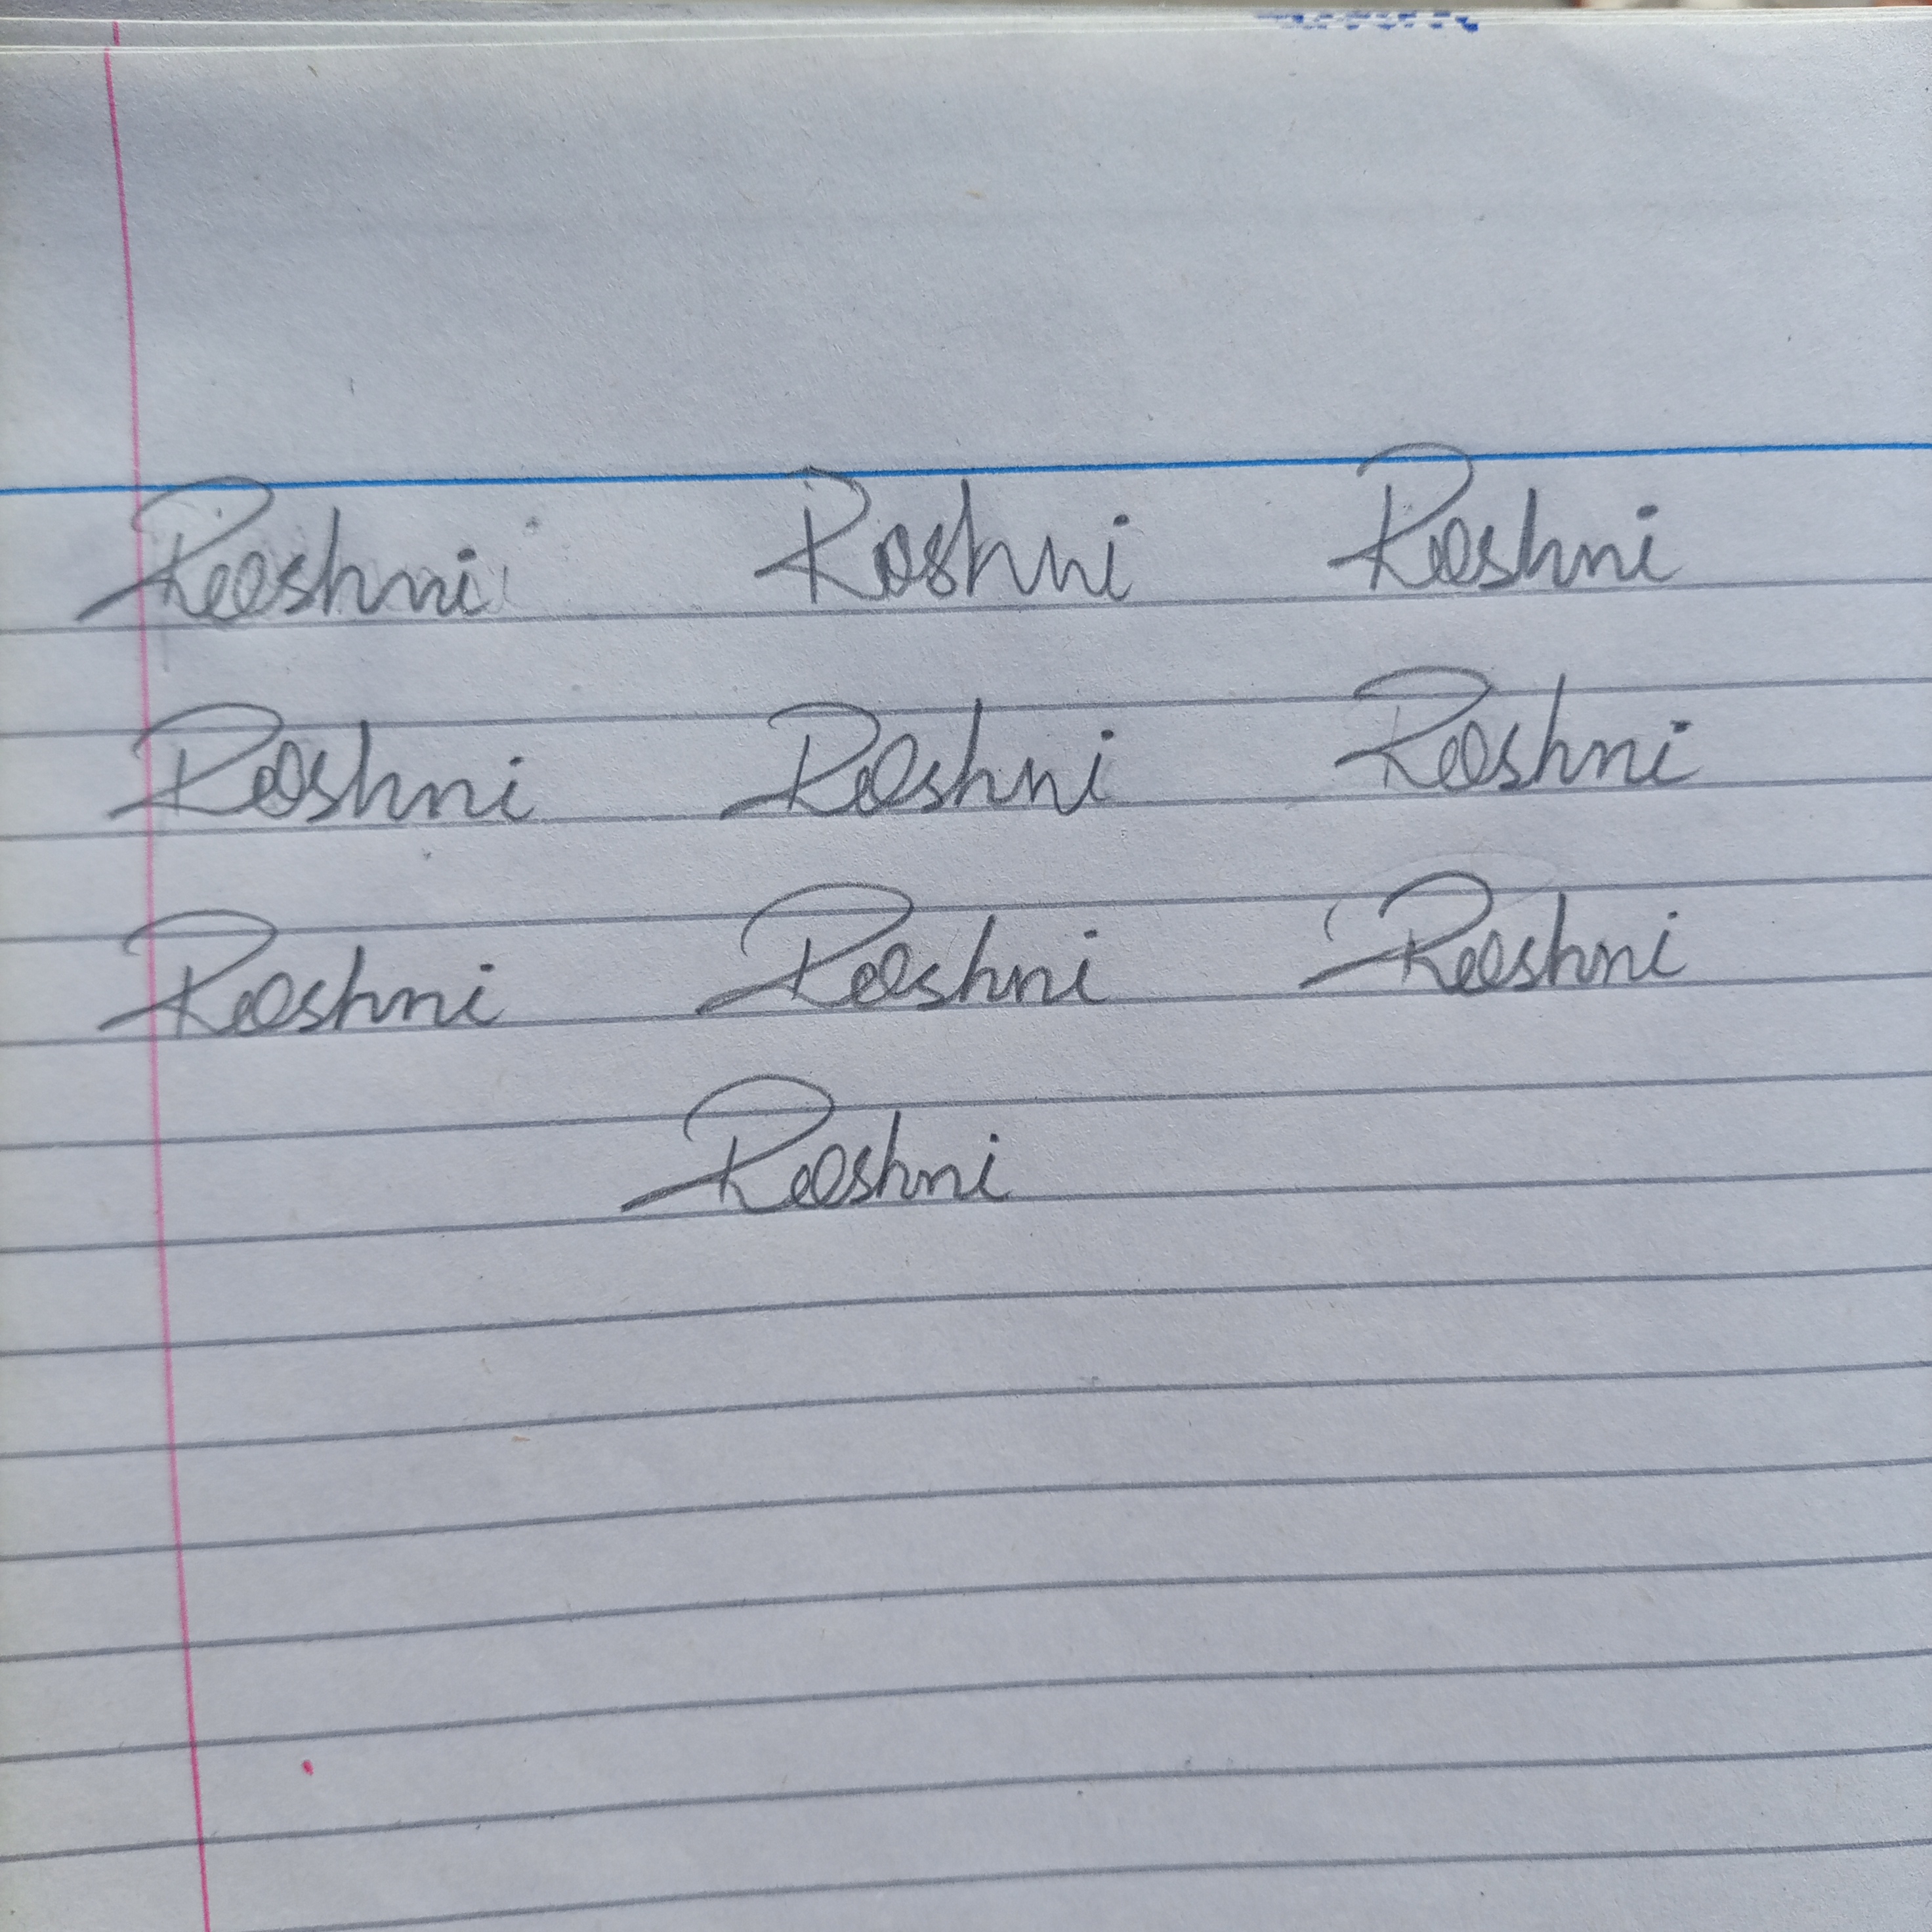
Signature authenticity: forged